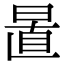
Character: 𣇣